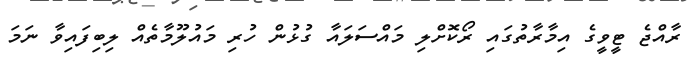
ރާއްޖެ ޓީވީގެ އިމާރާތުގައި ރޯކޮށްލި މައްސަލައާ ގުޅުން ހުރި މައުލޫމާތެއް ލިބިފައިވާ ނަމަ